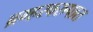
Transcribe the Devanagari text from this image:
ब्रम्हस्वरुपात